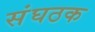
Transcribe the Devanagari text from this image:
संघठक